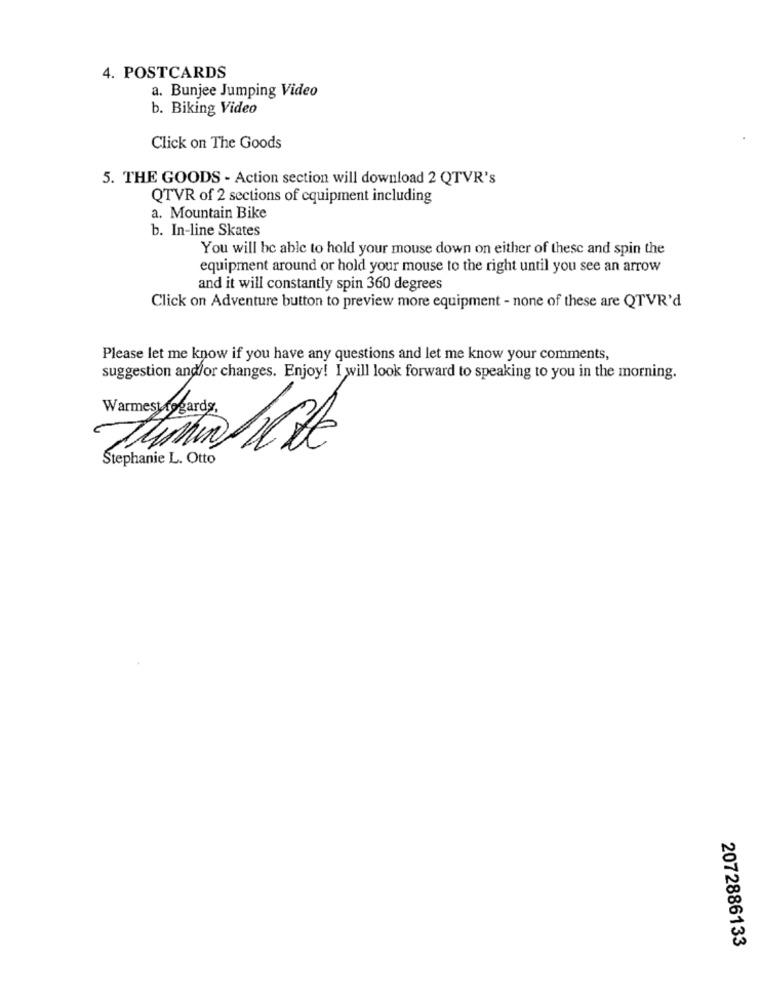
4. POSTCARDS
a. Bunjee Jumping Video
b. Biking Video
Click on The Goods
5. THE GOODS - Action section will download 2 QTVR's
QTVR of 2 sections of equipment including
a. Mountain Bike
b. In-line Skates
You will be able to hold your mouse down on either of these and spin the
equipment around or hold your mouse to the right until you see an arrow
and it will constantly spin 360 degrees
Click on Adventure button to preview more equipment - none of these are QTVR'd
Please let me know if you have any questions and let me know your comments,
suggestion and/or changes. Enjoy! I will look forward to speaking to you in the morning.
Warmest regards,
Stephanie L. Otto
2072886133